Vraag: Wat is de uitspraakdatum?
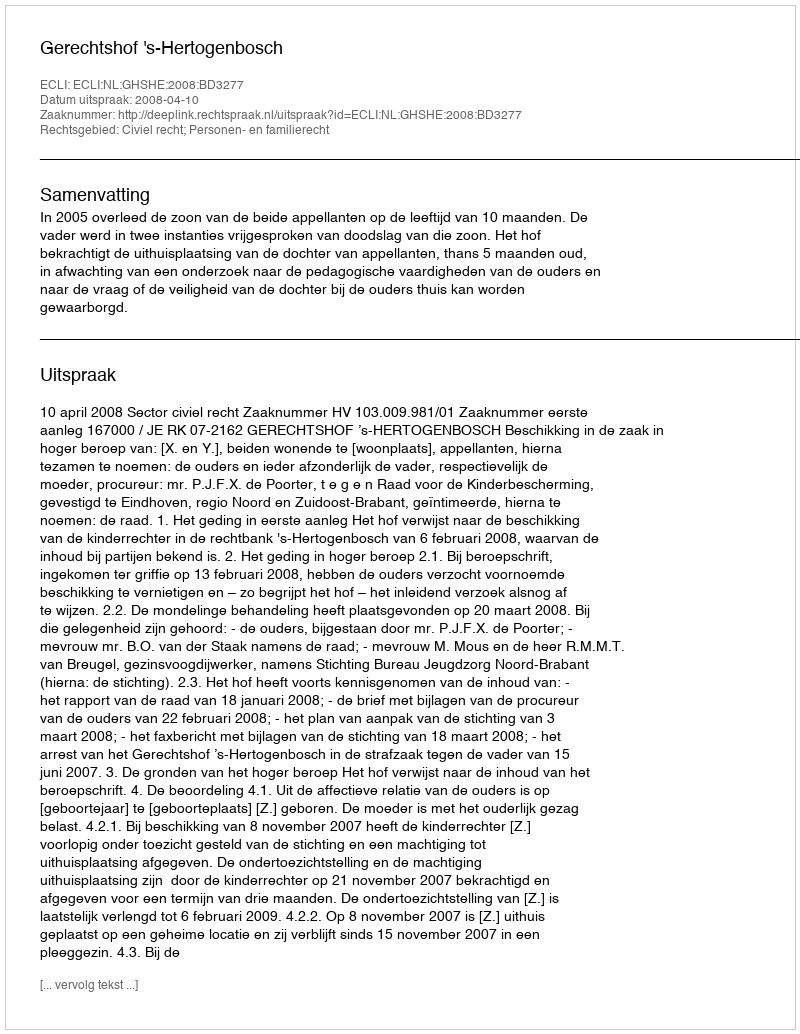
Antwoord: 2008-04-10